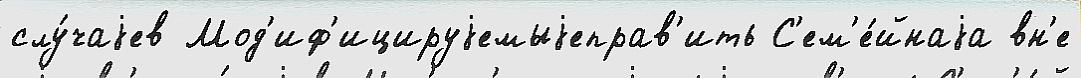
слу́чаjев Мод'иф'ицируjемыjеправ'ить С'ем'е́йнаjа вн'е